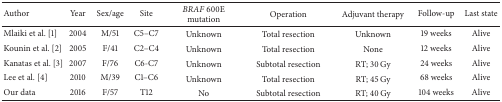
<table><thead><tr><td><b>Author</b></td><td><b>Year</b></td><td><b>Sex/age</b></td><td><b>Site</b></td><td><b><i>BRAF</i> 600E mutation</b></td><td><b>Operation</b></td><td><b>Adjuvant therapy</b></td><td><b>Follow-up </b></td><td><b>Last state</b></td></tr></thead><tbody><tr><td>Mlaiki et al. [1]</td><td>2004</td><td>M/51</td><td>C5–C7</td><td>Unknown</td><td>Total resection</td><td>Unknown</td><td>19 weeks</td><td>Alive</td></tr><tr><td>Kounin et al. [2]</td><td>2005</td><td>F/41</td><td>C2–C4</td><td>Unknown</td><td>Total resection</td><td>None</td><td>12 weeks</td><td>Alive</td></tr><tr><td>Kanatas et al. [3]</td><td>2007</td><td>F/76</td><td>C6-C7</td><td>Unknown</td><td>Subtotal resection</td><td>RT; 30 Gy</td><td>24 weeks</td><td>Alive</td></tr><tr><td>Lee et al. [4]</td><td>2010</td><td>M/39</td><td>C1–C6</td><td>Unknown</td><td>Total resection</td><td>RT; 45 Gy</td><td>68 weeks </td><td>Alive</td></tr><tr><td>Our data</td><td>2016</td><td>F/57</td><td>T12</td><td>No</td><td>Subtotal resection</td><td>RT; 40 Gy</td><td>104 weeks</td><td>Alive</td></tr></tbody></table>